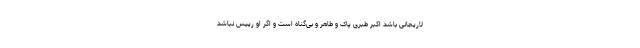
لاریجانی باشد اکبر طبری پاک و طاهر و بی‌گناه است و اگر او رییس نباشد